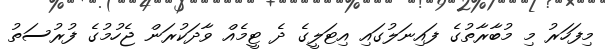
މިފަހަރު މި މުބާރާތުގެ ފައިނަލުގައި އިޓަލީގެ ދެ ޓީމެއް ވާދަކުރަން ޖެހުމުގެ ފުރުސަތު